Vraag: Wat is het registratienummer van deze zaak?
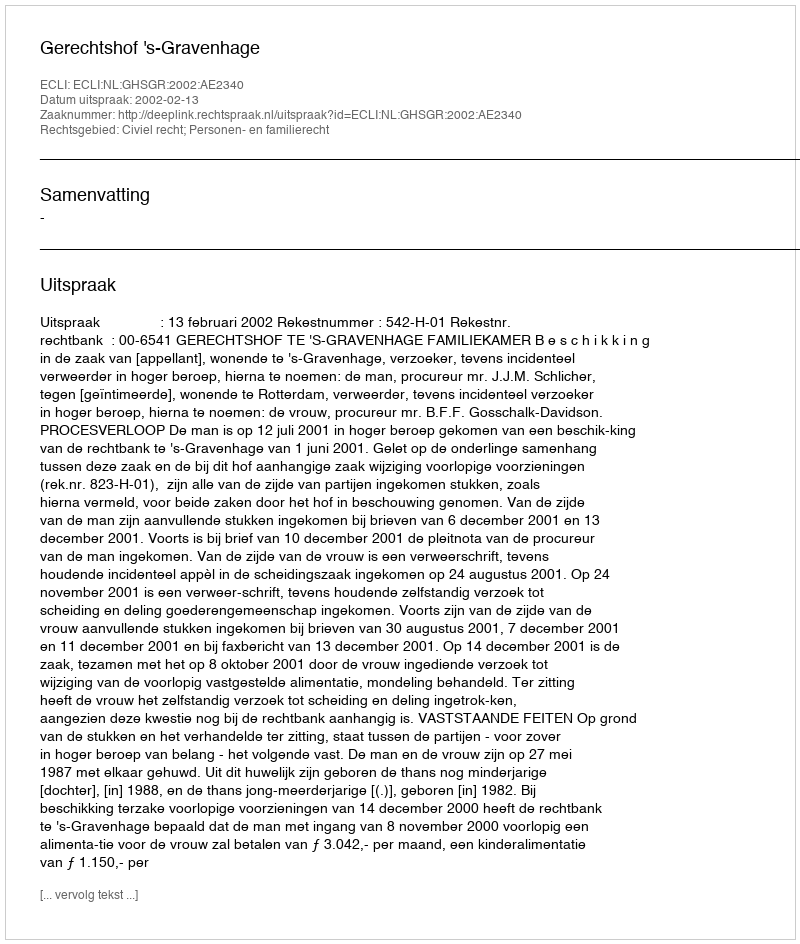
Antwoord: http://deeplink.rechtspraak.nl/uitspraak?id=ECLI:NL:GHSGR:2002:AE2340